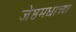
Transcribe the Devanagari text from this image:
जेष्ठमधाच्या